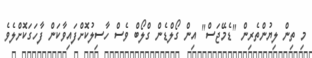
މި ތިން ލިޔުންތެރިން "ޑެމޭޖަސް" އިން ގޯލްޑެން ގްލޯބް ވެސް ހާސިލުކޮށްފައިވާކަން ފާހަގަކޮށްލެވެ